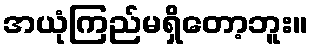
အယုံကြည်မရှိတော့ဘူး။